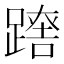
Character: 𨄘